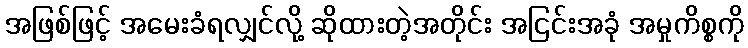
အဖြစ်ဖြင့် အမေးခံရလျှင်လို့ ဆိုထားတဲ့အတိုင်း အငြင်းအခုံ အမှုကိစ္စကို